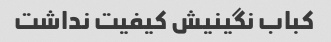
کباب نگینیش کیفیت نداشت